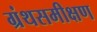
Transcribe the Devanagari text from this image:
ग्रंथसमीक्षण